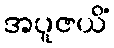
အပူဇယိံ